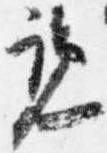
覧